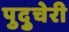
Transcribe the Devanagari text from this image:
पुदु्चेरी